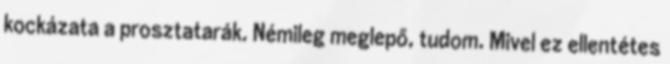
kockázata a prosztatarák. Némileg meglepő, tudom. Mivel ez ellentétes